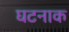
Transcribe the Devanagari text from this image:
घटनाक